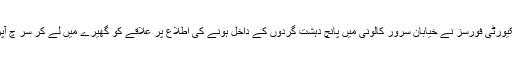
27جنوری2015ء)سیکیورٹی فورسز نے خیابان سرور کالونی میں پانچ دہشت گردوں کے داخل ہونے کی اطلاع پر علاقے کو گھیرے میں لے کر سر چ آپریشن شروع کر دیاہے ۔